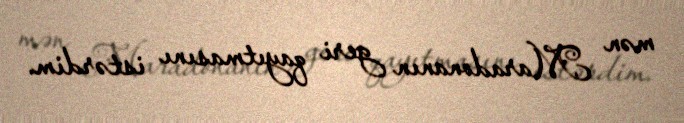
mən Maradonanın geri qayıtmasını istərdim.